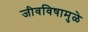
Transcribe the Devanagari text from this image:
जीवविषामुळे